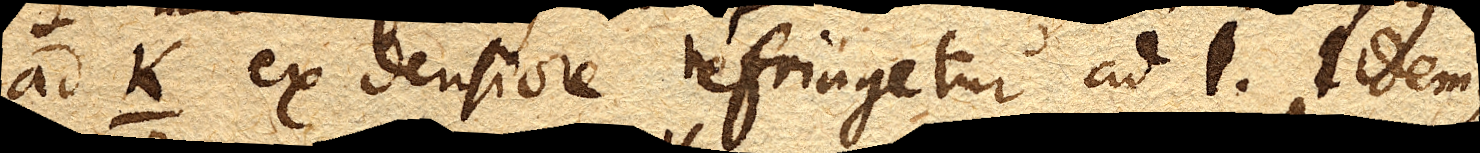
ad k ex densiore refringetur ad l. Idemque